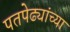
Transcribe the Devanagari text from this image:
पतपेढ्यांच्या